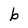
Character: b